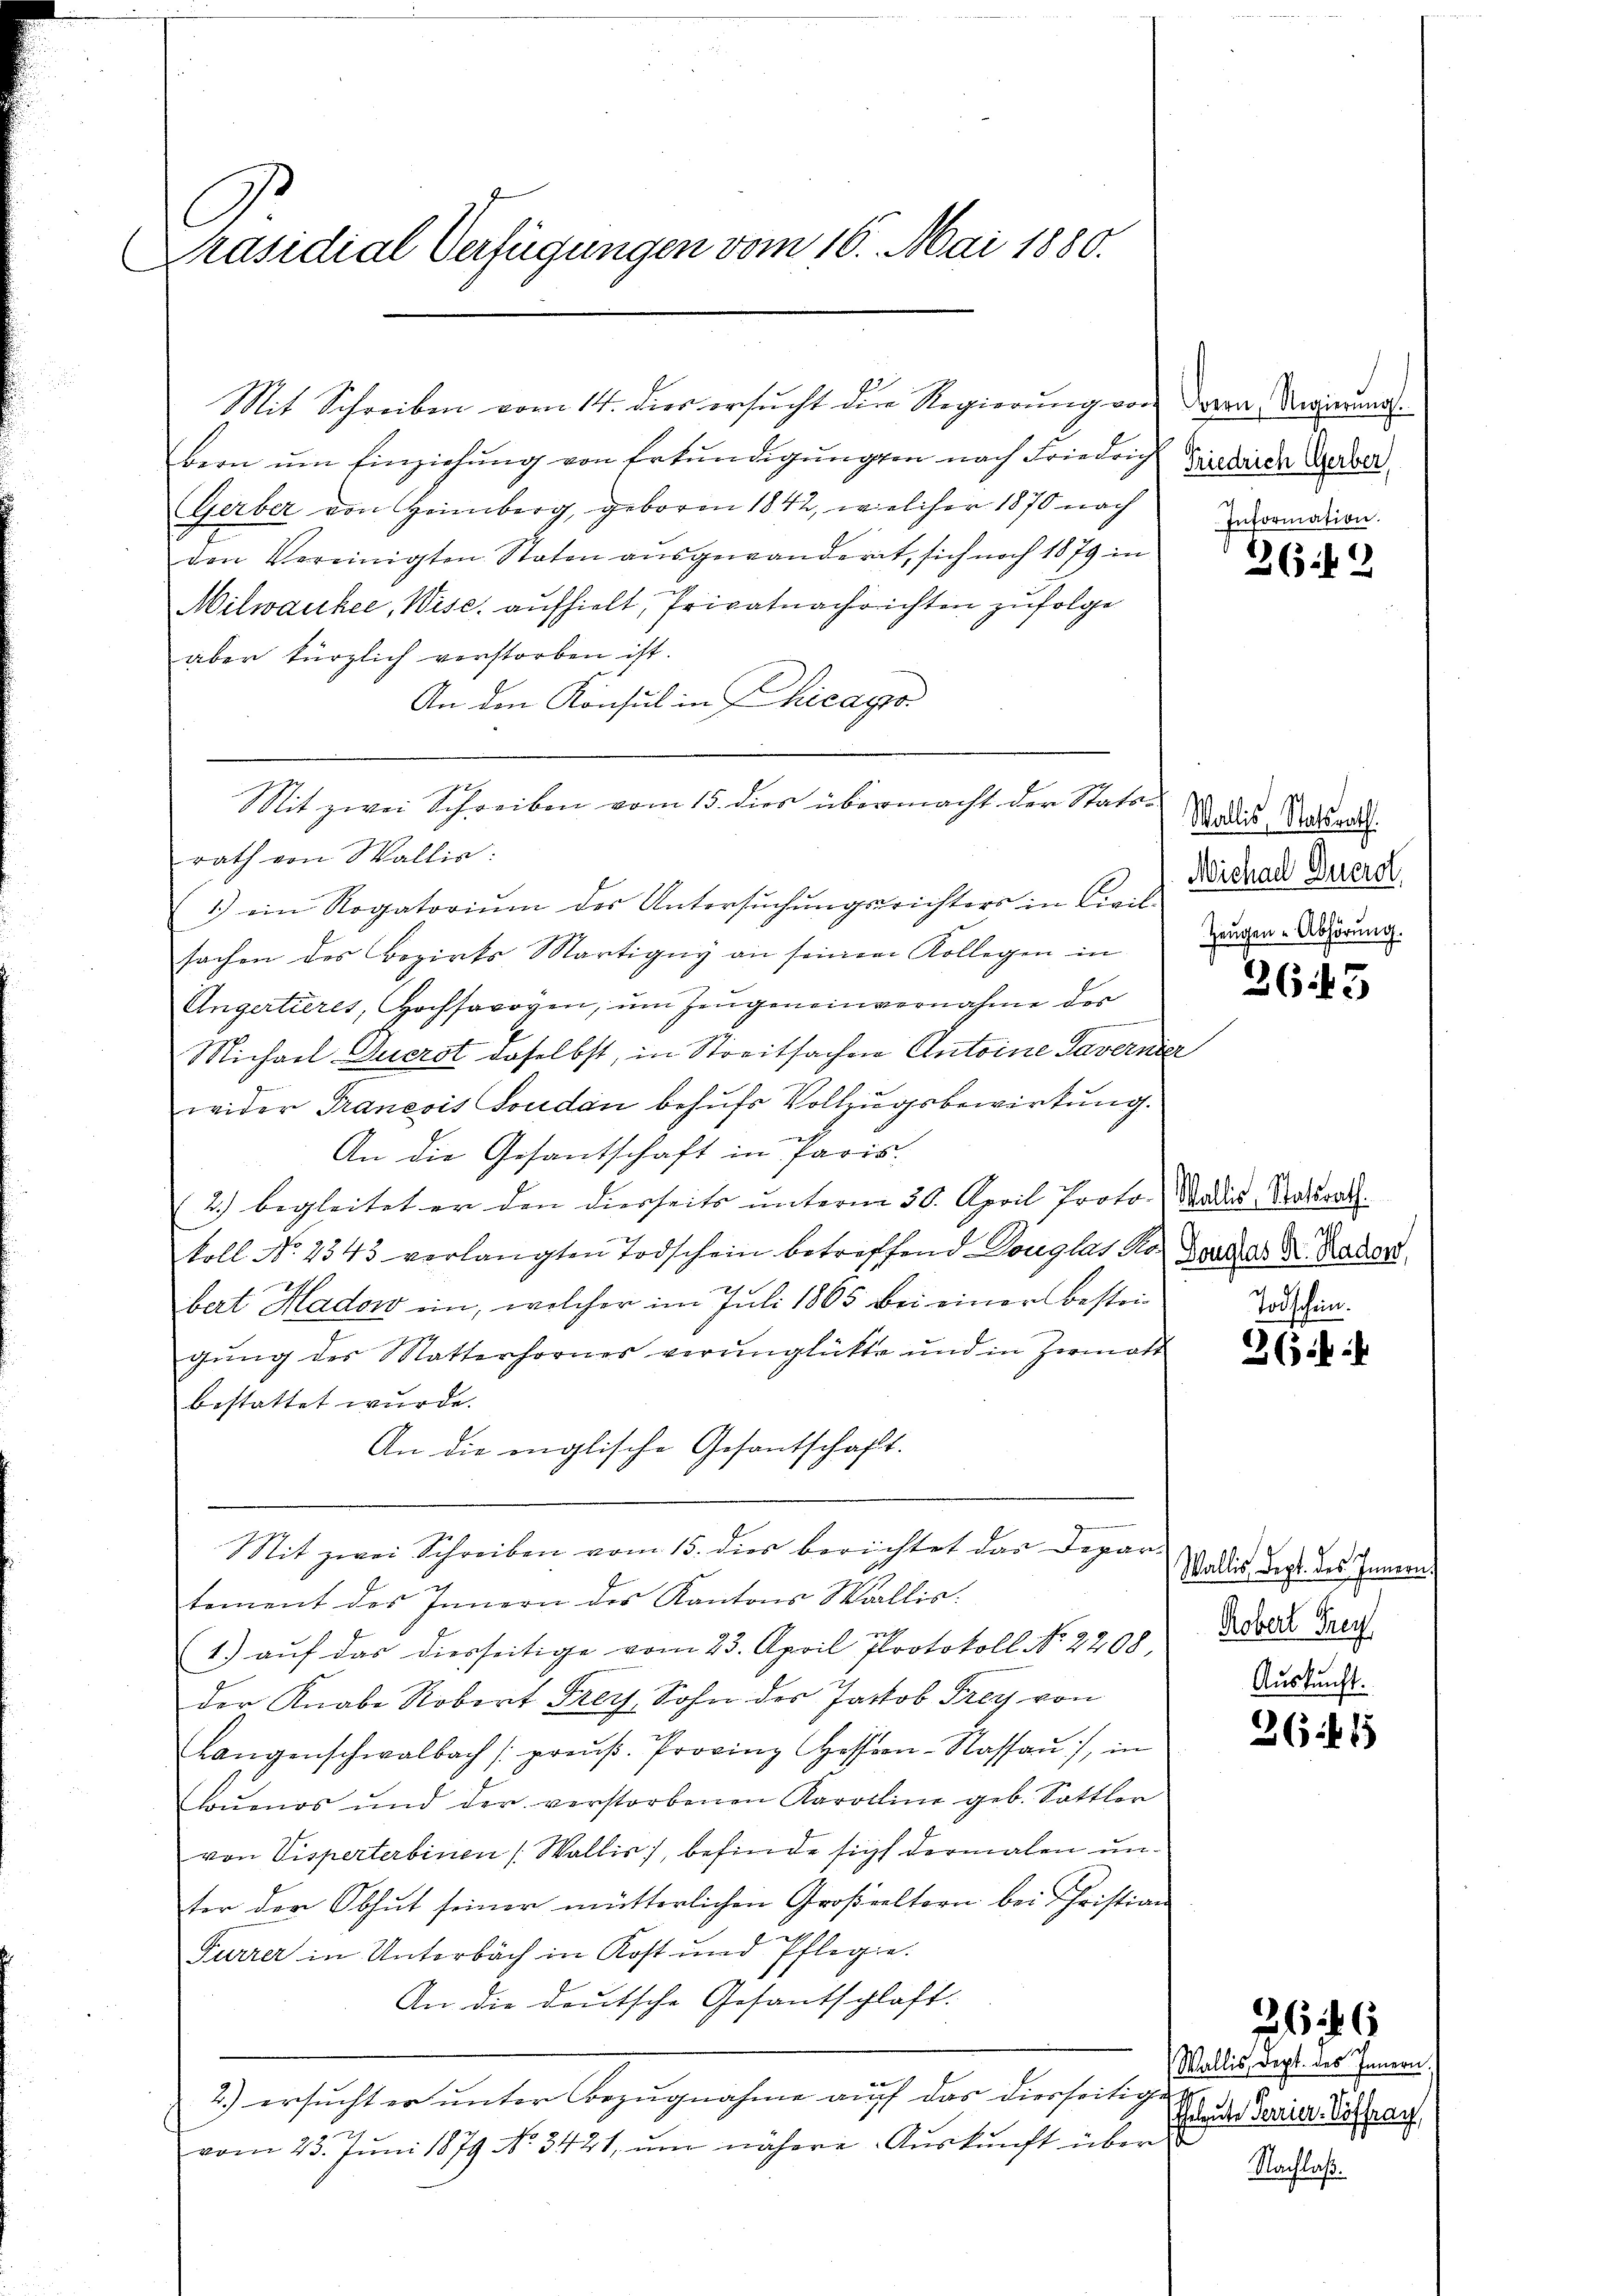
C
Präsidial-Verfügungen vom 16. Mai 1880.

den Vereinigten Staten ausgewanderet, sich noch 1879 in
Milwaukee, Wise, aufhielt, Privatnachrichten zufolge
aber kürzlich verstorben ist.
An den Konsul in Chicago
Mit zwei Schreiben vom 15. dies übermacht der Statsrath von Wallis:
1) ein Rogatorium des Untersuchungsrichters in Civilsachen des Bezirks Martigny an seinem Kollegen in Ber-Werung.
Angertieres, Hochsavoyen, um Zeugeneinvernahme der
Michael Ducrot daselbst, in Streitsachen Antoine Taverner
wider Francois Soudan behufs Vollzugsbewirtung.
An die Gesantschaft in Paris
2.) begleitet er den dierseits unterm 30. April Proto- Bades Naturath.
koll No 2543 verlangten Todschein betreffend Douglas der Bedas Dr. Rader,
bart Hadow ein, welcher im Juli 1865 bei einer oesteigung des Statterhornes verunglückte und in Hermatt
bestattet wurde.
An die englische Gesantschaft.
it zwei Schreiben vom 15. dies berichtet das Depar-
e
tement des Innern des Kantons Wallis.
g
1.) aŭf das diesseitige vom 23. April Protokoll No 2208,
der Knabe Robert Frey, Sohn des Jacob Frey von
Langenschwalbach (preŭβ. Provinz Hessen-Kassau), in
loŭenos und der verstorbenen Karoline geb. Sattler
von Visperterbinen Wallis), befinde sicht dermalen unter der Obhut seiner mütterlichen Großeltern bei Christian
Furrer in Unterbach in Kost und Pflege.
An die deutsche Gesantschlaft.
2.) ersucht er unter Bezugnahme auf das diesseitige
u
vom 23. Juni 1879 No 3421, ŭm nähere Aŭskŭnft über

Mit Schreiben vom 14. dies ersŭcht der Regierŭng von von Regierŭng.
bern ŭm Einziehŭng von Erkundigungen nach Friedrich Finderen Gerol
Gerber von Heimberg, geboren 1842, welcher 1870 nach

Information.

362

2645

Todschein.
3(i

Wallis, Statsrath.
Michael Buerol

Wallis Sept. des Innern.
Robert Frey
Auskunft.

3641

6

Wallis, dept. des Innern
Eheleute Perrier-Poffrag

Nachlaß.